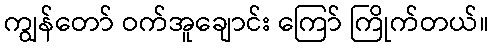
ကျွန်တော် ဝက်အူချောင်း ကြော် ကြိုက်တယ်။